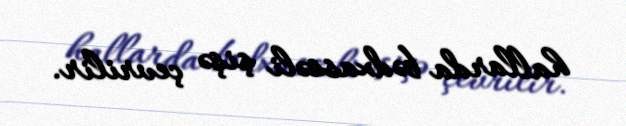
hallarda bədxassəli şişə çevrilir.